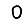
Digit: 0